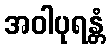
အဝါပုရန္တံ